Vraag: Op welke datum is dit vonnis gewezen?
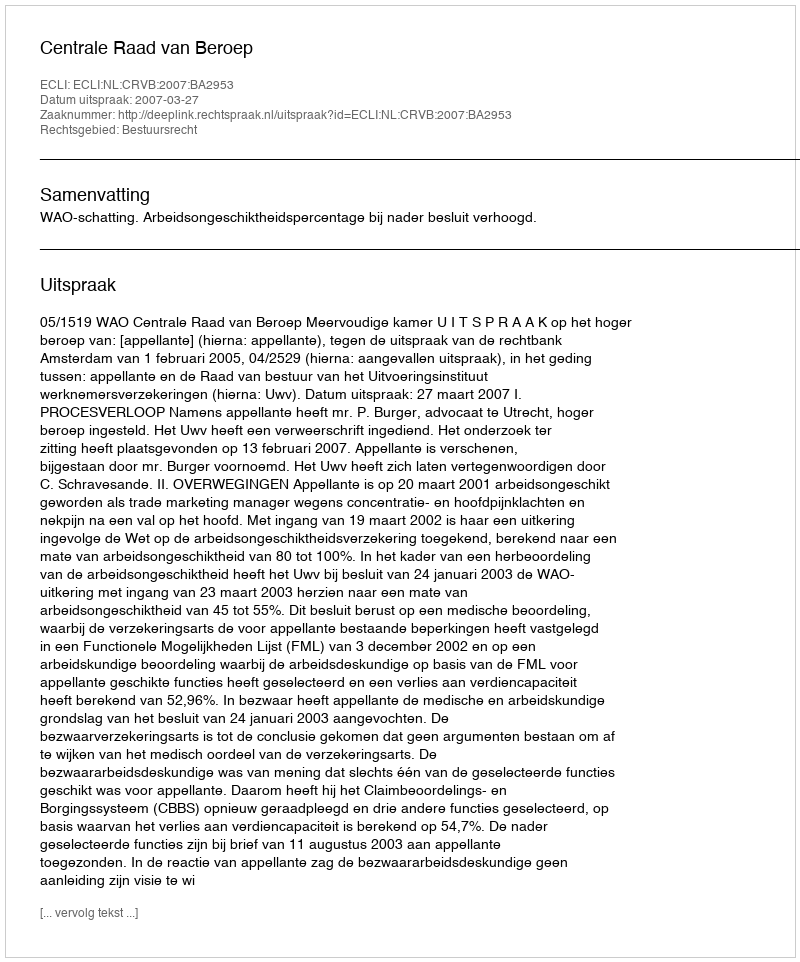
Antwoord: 2007-03-27